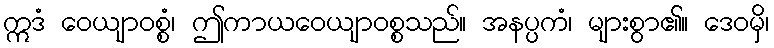
ဣဒံ ဝေယျာဝစ္စံ၊ ဤကာယဝေယျာဝစ္စသည်။ အနပ္ပကံ၊ များစွာ၏။ ဒေဝမှိ၊